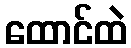
ထောင်ထဲ